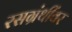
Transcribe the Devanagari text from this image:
रसग्रंथींवर